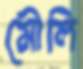
মৌলি